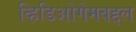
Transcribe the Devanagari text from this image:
व्हिडिओगेमबद्दल